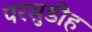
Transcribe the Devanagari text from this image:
परसुडीह